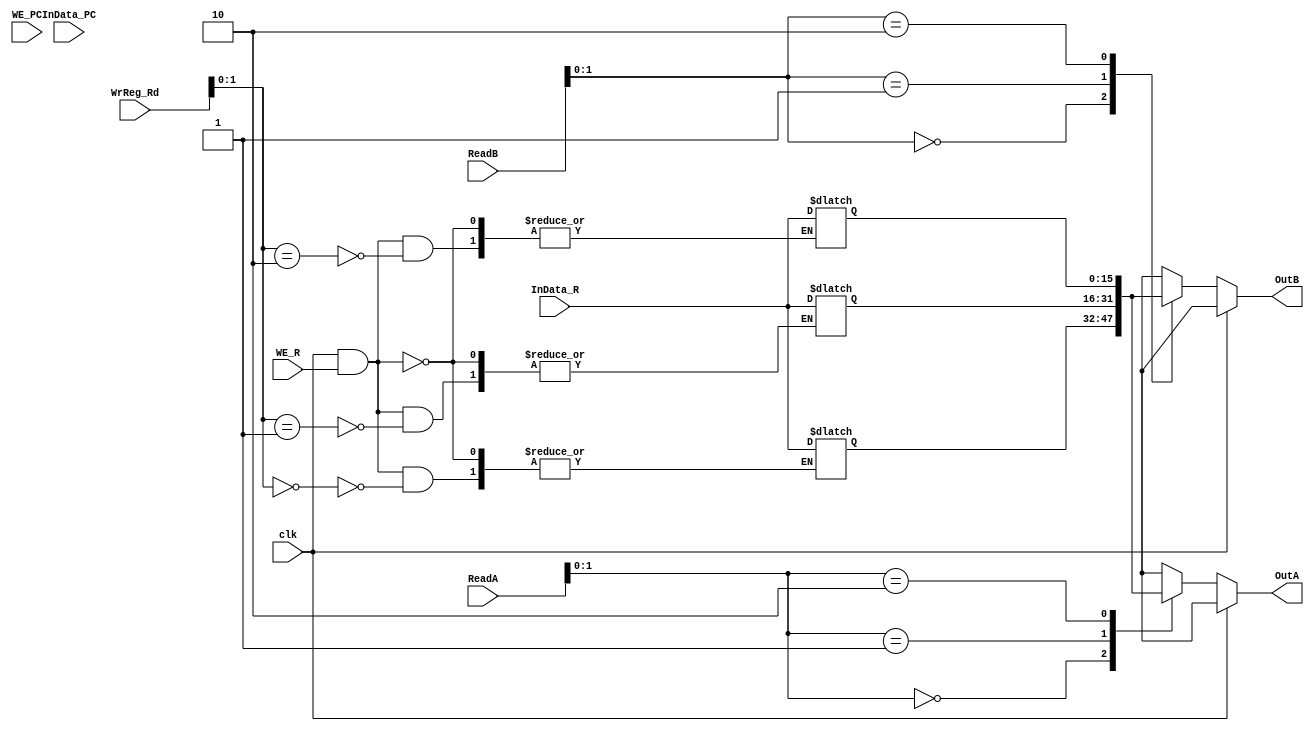
module Regfile_two(clk,WE_R,WE_PC,InData_R,InData_PC,WrReg_Rd,ReadA,ReadB,OutA,OutB);
input [2:0] WrReg_Rd,ReadA,ReadB;
input WE_R,WE_PC,clk;
input [15:0] InData_R,InData_PC;
output [15:0] OutA,OutB;
reg [15:0] OutA, OutB;
//reg [15:0] R0,R1,R2,R3,R4,R5,R6,R7;//8 16-bit registers
reg [15:0] regfile [2:0];
always @(*)
  begin
  if(~clk)
  begin
   //OutB<=regfile[ReadB];
   OutA<=regfile[ReadA];
	//OutB<=regfile[ReadB];
	end
	else
		//OutB<= 4'hxxxx;
	OutA<= 16'hxxxx;
	//OutB<= 4'hxxxx;
  end
  
  always @(*)
  begin
  if(~clk)
  begin
   OutB<=regfile[ReadB];
   //OutA<=regfile[ReadA];
	//OutB<=regfile[ReadB];
	end
	else
		OutB<= 16'hxxxx;
	//OutA<= 4'hxxxx;
	//OutB<= 4'hxxxx;
  end
  
  
  always @(*)
  begin
  if(clk && WE_R)
  begin
   regfile[WrReg_Rd] <= InData_R ;
	
	end
  end
  
  
  
/*	
always@(*)
   begin
	 if (~clk)
	 begin
	   case(ReadB)
		0: OutB = R0;
		1: OutB = R1;
		2: OutB = R2;
		3: OutB = R3;
		4: OutB = R4;
		5: OutB = R5;
		6: OutB = R6;
		default: OutB = 4'hxxxx;
	  endcase
	 end
	end

/*	
always @(*)
   begin
  if (clk && WE_PC)
      R7 <= InData_PC;
	end

always@(*)
 begin
  if (clk && WE_R)
     case (WrReg_Rd)
	     0: R0 <= InData_R;
		  1: R1 <= InData_R;
		  2: R2 <= InData_R;
		  3: R3 <= InData_R;
		  4: R4 <= InData_R;
		  5: R5 <= InData_R;
		  6: R6 <= InData_R;
		  7: R7 <= InData_R;
		endcase
	end
*/
endmodule